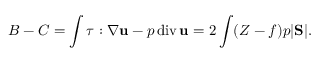
B - C = \int \boldsymbol { \tau } : \nabla { \bf u } - p \, \mathrm { d i v } \, { \bf u } = 2 \int ( Z - f ) p | \mathrm { \bf S } | .